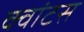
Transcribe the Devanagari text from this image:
क्वांटस